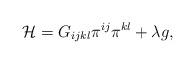
LaTeX: \begin{align*}{\cal H} = G_{ijkl} \pi^{ij} \pi^{kl} + \lambda g,\end{align*}